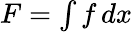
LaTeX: \textstyle F=\int f\, dx